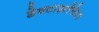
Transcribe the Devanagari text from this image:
डेक्टाइलेफेरा